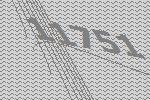
11751